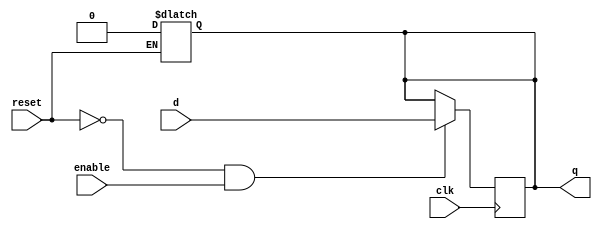
// dffe: D-type flip-flop with enable
//
// q      (output) - Current value of flip flop
// d      (input)  - Next value of flip flop
// clk    (input)  - Clock (positive edge-sensitive)
// enable (input)  - Load new value? (yes = 1, no = 0)
// reset  (input)  - Asynchronous reset   (reset =  1)
//
module dffe(q, d, clk, enable, reset);
output q;
reg    q;
input  d;
input  clk, enable, reset;

always@(reset)
if (reset == 1'b1)
q <= 0;

always@(posedge clk)
if ((reset == 1'b0) && (enable == 1'b1))
q <= d;
endmodule // dffe

//I = 00,11,00
//L = 00,11,01,00
//U = 11,01,11,00
//V = 10,01,10,00
module word_reader(I, L, U, V, bits, clk, reset);
output 	I, L, U, V;
input [1:0] 	bits;
input 	reset, clk;
wire         start, start_next, Vo, Vt, Vz, Vout, Io, Lo, Uo, Uout, Uout_next, Lout, Iout, Vo_next, V1_next, V2_next, Vout_next, Io_next, Lo_next, Uo_next, Lout_next, Iout_next, garbage, garbage_next;


assign start_next = ((start & (~bits[0] & ~bits[1])) | (Iout & (~bits[0] & ~bits[1])) | (Uout & (~bits[0] & ~bits[1])) | (Lout & (~bits[0] & ~bits[1])) |  (Vo & (~bits[0] & ~bits[1])) | (Vt & (~bits[0] & ~bits[1])) | (Vout & (~bits[0] & ~bits[1])) | (Uout & (~bits[0] & ~bits[1])) | (garbage & (~bits[0] & ~bits[1])))  | (reset);
assign Io_next = ((start & (bits[0] & bits[1]))) & (~reset);
assign Lo_next = ((Io & (bits[0] & ~bits[1]))) & (~reset);
assign Uo_next = ((Lo & (bits[0] & bits[1]))) & (~reset);
assign Uout_next = ((Uo & (~bits[0] & ~bits[1]))) & (~reset);
assign Lout_next = ((Lo & (~bits[0] & ~bits[1]))) & (~reset);
assign Iout_next = ((Io & (~bits[0] & ~bits[1]))) & (~reset);
assign Vo_next = ((start & (~bits[0] & bits[1]))) & (~reset);
assign V1_next = ((Vo & (bits[0] & ~bits[1]))) & (~reset);
assign V2_next = ((Vt & (~bits[0] & bits[1]))) & (~reset);
assign Vout_next = ((Vz & (~bits[0] & ~bits[1]))) & (~reset);
assign garbage_next = ((Io & (bits[0] & ~bits[1]) | (bits[0] & bits[1]))
| (Lo & ((bits[0] & ~bits[1]) | (~bits[0] & bits[1])))
| (Uo & (((bits[0] & ~bits[1]) | (~bits[0] & bits[1])) | (bits[0] & bits[1])))
| (Vo & (((bits[0] & ~bits[1]) | (~bits[0] & bits[1])) | (bits[0] & bits[1])))
| (Vt & (bits[0] & bits[1]) | (~bits[0] & bits[1])) | (Vz & ((bits[0] & bits[1])
| (~bits[0] & bits[1]) | (bits[0] & ~bits[1]))) | (Vout & ((bits[0] & bits[1])
| (~bits[0] & bits[1]) | (bits[0] & ~bits[1]))) | (Uout & ((bits[0] & bits[1])
| (~bits[0] & bits[1]) | (bits[0] & ~bits[1]))) | (Lout & ((bits[0] & bits[1])
| (~bits[0] & bits[1]) | (bits[0] & ~bits[1]))) | (Iout & ((bits[0] & bits[1])
| (~bits[0] & bits[1]) | (bits[0] & ~bits[1])))) & (~reset);


dffe sStart(start, start_next, clk, 1'b1, reset);
dffe sIo(Io, Io_next, clk, 1'b1, reset);
dffe sLo(Lo, Lo_next, clk, 1'b1, reset);
dffe sUo(Uo, Uo_next, clk, 1'b1, reset);
dffe sUout(Uout, Uout_next, clk, 1'b1, reset);
dffe sLout(Lout, Lout_next, clk, 1'b1, reset);
dffe sIout(Iout, Iout_next, clk, 1'b1, reset);
dffe sVo(Vo, Vo_next, clk, 1'b1, reset);
dffe sV1(Vt, V1_next, clk, 1'b1, reset);
dffe sV2(Vz, V2_next, clk, 1'b1, reset);
dffe sVout(Vout, Vout_next, clk, 1'b1, reset);
dffe sgarbage(garbage, garbage_next, clk, 1'b1, reset);


assign I = Iout;
assign L = Lout;
assign U = Uout;
assign V = Vout;

endmodule // word_reader